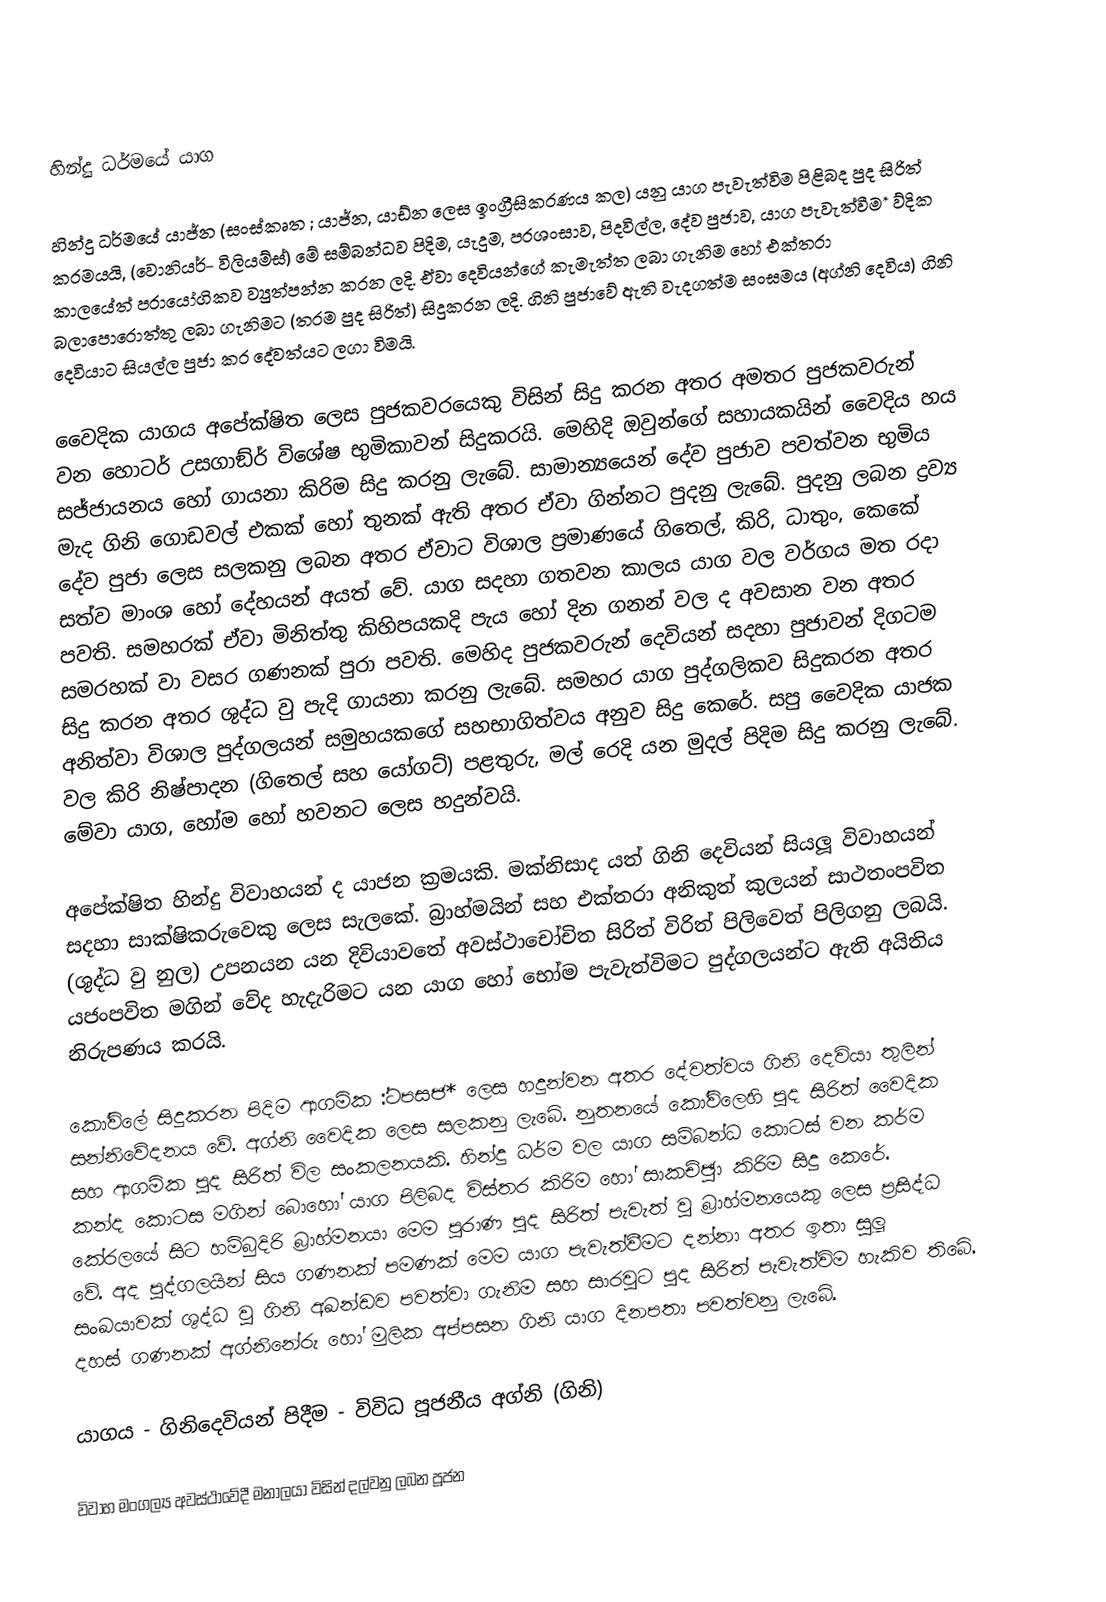

හින්දු ධර්මයේ යාග

හින්දු ධර්මයේ යාජ්න (සංස්කෘත   ; යාජ්න, යාඩ්න ලෙස ඉංග්‍රීසිකරණය කල) යනු යාග පැවැත්විම පිළිබද පුද සිරිත් ක‍්‍රමයයි, (වොනියර්- විලියම්ස්) මේ සම්බන්ධව පිදිම, යැදුම, ප‍්‍රශංසාව, පිදවිල්ල, දේව පුජාව, යාග පැවැත්වීම* ව්දික කාලයේත් ප‍්‍රායෝගිකව ව්‍යුත්පන්න කරන ලදි. ඒවා දෙවියන්ගේ කැමැත්ත ලබා ගැනිම හෝ එක්තරා බලාපොරොත්තු ලබා ගැනිමට (තරම පුද සිරිත්) සිදුකරන ලදි. ගිනි පුජාවේ ඇති වැදගත්ම සංඝමය (අග්නි දෙවිය) ගිනි දෙවියාට සියල්ල පුජා කර දේවත්යට ලගා විමයි.

	වෛදික යාගය අපේක්ෂිත ලෙස පුජකවරයෙකු විසින් සිදු කරන අතර අමතර පුජකවරුන් වන හොටර් උසගාඞ්ර් විශේෂ භුමිකාවන් සිදුකරයි. මෙහිදි ඔවුන්ගේ සහායකයින් වෛදිය හය සජ්ජායනය හෝ ගායනා කිරිම සිදු කරනු ලැබේ. සාමාන්‍යයෙන් දේව පුජාව පවත්වන භුමිය මැද ගිනි ගොඩවල් එකක් හෝ තුනක් ඇති අතර ඒවා ගින්නට පුදනු ලැබේ. පුදනු ලබන ද්‍රව්‍ය දේව පුජා ලෙස සලකනු ලබන අතර ඒවාට විශාල ප‍්‍රමාණයේ ගිතෙල්, කිරි, ධාතුං, කෙකේ සත්ව මාංශ හෝ දේහයන් අයත් වේ. යාග සදහා ගතවන කාලය යාග වල වර්ගය මත රදා පවති. සමහරක් ඒවා මිනිත්තු කිහිපයකදි පැය හෝ දින ගනන් වල ද අවසාන වන අතර සමරහක් වා වසර ගණනක් පුරා පවති. මෙහිද පුජකවරුන් දෙවියන් සදහා පුජාවන් දිගටම සිදු කරන අතර ශුද්ධ වු පැදි ගායනා කරනු ලැබේ. සමහර යාග පුද්ගලිකව සිදුකරන අතර අනිත්වා විශාල පුද්ගලයන් සමුහයකගේ සහභාගිත්වය අනුව සිදු කෙරේ. සපු වෛදික යාජක වල කිරි නිෂ්පාදන (ගිතෙල් සහ යෝගට්) පළතුරු, මල් රෙදි යන මුදල් පිදිම සිදු කරනු ලැබේ. මේවා යාග, හෝම හෝ හවනට ලෙස හදුන්වයි.

	අපේක්ෂිත හින්දු විවාහයන් ද යාජන ක‍්‍රමයකි. මක්නිසාද යත් ගිනි දෙවියන් සියලූ විවාහයන් සදහා සාක්ෂිකරුවෙකු ලෙස සැලකේ. බ‍්‍රාහ්මයින් සහ එක්තරා අනිකුත් කුලයන් සාථතංපවිත (ශුද්ධ වු නුල) උපනයන යන දිවියාවතේ අවස්ථාචෝචිත සිරිත් විරිත් පිලිවෙත් පිලිගනු ලබයි. යජංපවිත මගින් වේද හැදැරිමට යන යාග හෝ භෝම පැවැත්විමට පුද්ගලයන්ට ඇති අයිතිය නිරුපණය කරයි.

	කෝවිලේ සිදුකරන පිදිම ආගමික :්ටපසජ* ලෙස හදුන්වන අතර දේවත්වය ගිනි දෙවියා තුලින් සන්නිවේදනය වේ. අග්නි වෛදික ලෙස සලකනු ලැබේ. නුතනයේ කෝවිලෙහි පුද සිරිත් වෛදික සහ ආගමික පුද සිරිත් විල සංකලනයකි. හින්දු ධර්ම වල යාග සම්බන්ධ කොටස් වන කර්ම කන්ද කොටස මගින් බොහෝ යාග පිලිබද විස්තර කිරිම හෝ සාකච්ඡුා කිරිම සිදු කෙරේ. කේරලයේ සිට හම්බුදිරි බ‍්‍රාහ්මනයා මෙම පුරාණ පුද සිරිත් පැවැත් වු බ‍්‍රාහ්මනයෙකු ලෙස ප‍්‍රසිද්ධ වේ. අද පුද්ගලයින් සිය ගණනක් පමණක් මෙම යාග පැවැත්වීමට දන්නා අතර ඉතා සුලූ සංඛයාවක් ශුද්ධ වු ගිනි අඛන්ඩව පවත්වා ගැනිම සහ සාරවුට පුද සිරිත් පැවැත්විම හැකිව තිබේ. දහස් ගණනක් අග්නිනේරු හෝ මුලික අප්පසන ගිනි යාග දිනපතා පවත්වනු ලැබේ.

යාගය - ගිනිදෙවියන් පිදීම - විවිධ පූජනීය අග්නි (ගිනි)

විවාහ මංගල්‍ය අවස්ථාවේදී මනාලයා විසින් දල්වනු ලබන පූජන